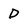
Character: D